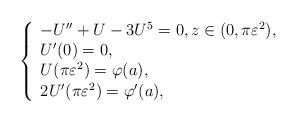
LaTeX: \begin{align*}\left\{\begin{array}{l}- U'' + U - 3 U^5 = 0, z \in (0, \pi \varepsilon^2), \\U'(0) = 0, \\U(\pi \varepsilon^2) = \varphi(a), \\2 U'(\pi \varepsilon^2) = \varphi'(a),\end{array}\right.\end{align*}